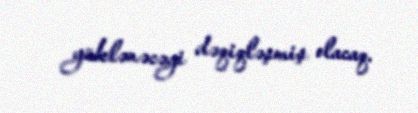
yüklənəcəyi dəqiqləşmiş olacaq.